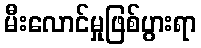
မီးလောင်မှုဖြစ်ပွားရာ